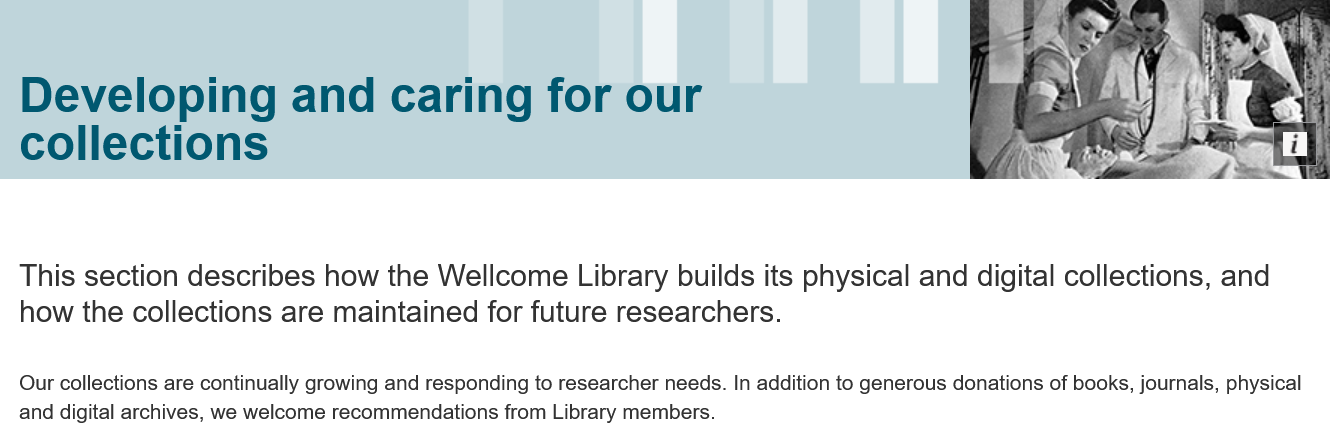
Developing    and    caring    for    our
  collections
  This  section   describes    how   the  Wellcome  Library    builds  its physical   and  digital collections,   and
  how the    collections   are  maintained    for future  researchers.
  Our collections are continually growing and responding to researcher needs. In addition to generous donations of books, journals, physical
  and digital archives, we welcome recommendations from Library members.